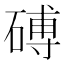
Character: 磗